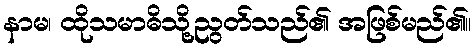
နာမ၊ ထိုသမာဓိသို့ညွတ်သည်၏ အဖြစ်မည်၏။